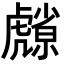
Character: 𮓮